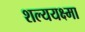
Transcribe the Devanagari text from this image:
शल्ययक्ष्मा